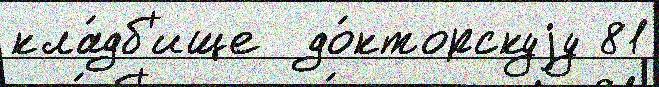
кла́дб'ище  до́кторскуjу 81